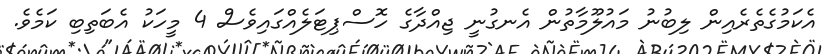
އެކަމުގެތެރެއިން ލިބުނު މައުލޫމާތުން އެނގުނީ ޖިއްދާގެ ހޮސްޕިޓަލެއްގައިވެސް 4 މީހަކު އެބަތިބި ކަމެވެ.